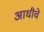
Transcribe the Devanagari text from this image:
अाधीचे